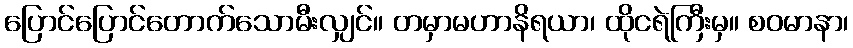
ပြောင်ပြောင်တောက်သောမီးလျှင်။ တမှာမဟာနိရယာ၊ ထိုငရဲကြီးမှ။ စဝမာနာ၊